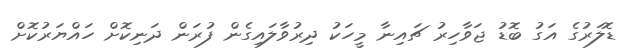
ޑޮލަރުގެ އަގު ބޮޑު ޖަވާހިރު ޗައިނާ މީހަކު ދިރުވާލައިގެން ފުރަން ދަނިކޮށް ހައްޔަރުކޮށް